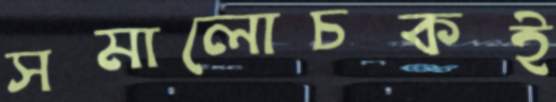
সমালোচকই